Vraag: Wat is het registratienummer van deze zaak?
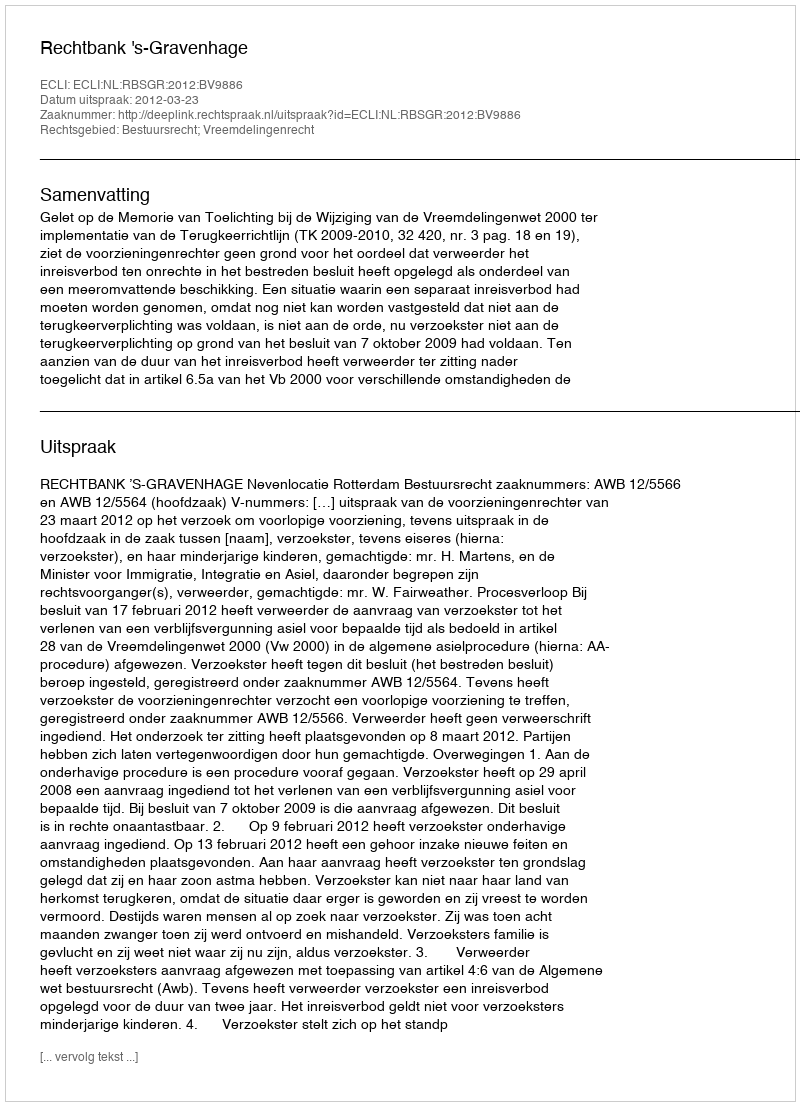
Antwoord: http://deeplink.rechtspraak.nl/uitspraak?id=ECLI:NL:RBSGR:2012:BV9886